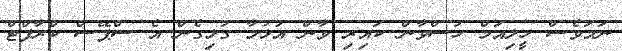
ނަމަވެސް ހީލިއަމް ހުސްވާން ކައިރި ވާން އުޅުމާ ގުޅިގެން އެ ސްޕޭސް ކްރާފްޓް